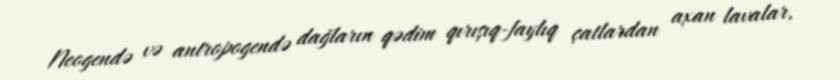
Neogendə və antropogendə dağların qədim qırışıq-faylıq çatlardan axan lavalar,